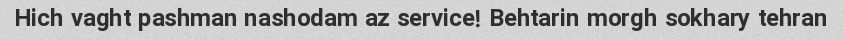
Hich vaght pashman nashodam az service! Behtarin morgh sokhary tehran